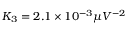
K _ { 3 } = 2 . 1 \times 1 0 ^ { - 3 } \mu V ^ { - 2 }